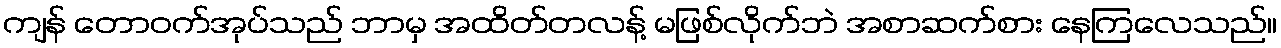
ကျန် တောဝက်အုပ်သည် ဘာမှ အထိတ်တလန့် မဖြစ်လိုက်ဘဲ အစာဆက်စား နေကြလေသည်။